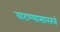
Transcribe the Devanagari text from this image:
वाटण्यासारखं